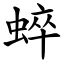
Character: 蜶